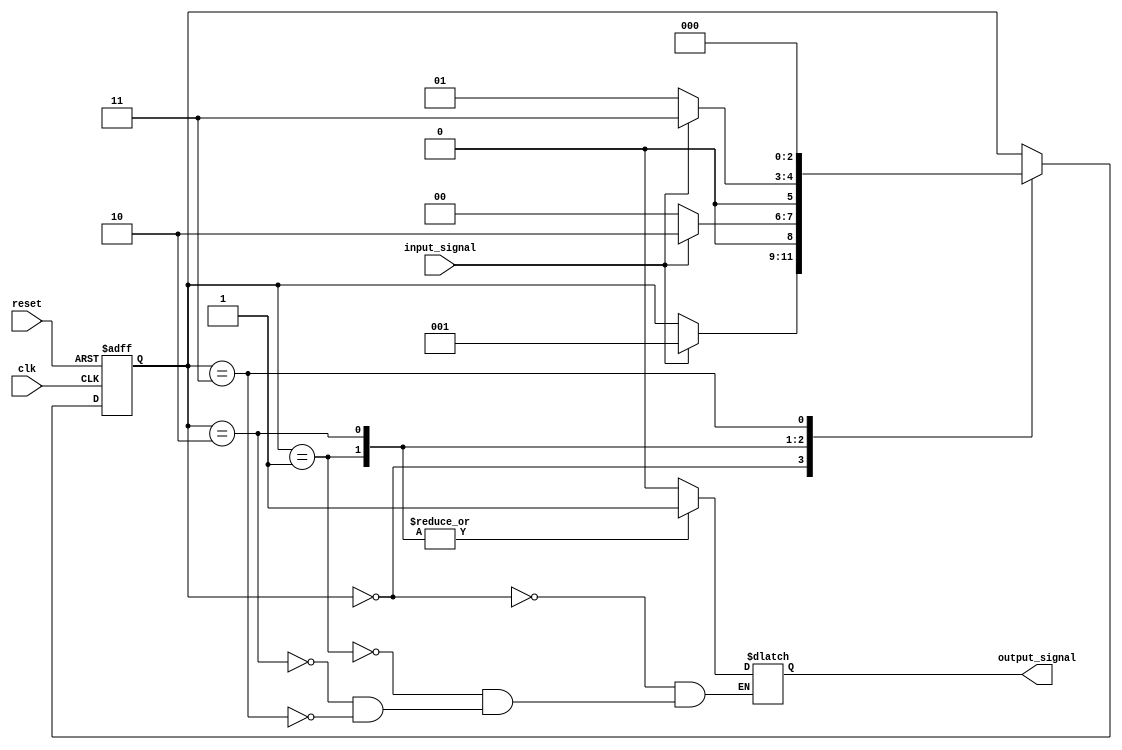
module fsm_top (
    input wire clk,
    input wire reset,
    input wire input_signal,
    output reg output_signal
);

    reg [2:0] current_state;
    
    parameter STATE_A = 3'b000;
    parameter STATE_B = 3'b001;
    parameter STATE_C = 3'b010;
    parameter STATE_D = 3'b011;
    
    // State transition logic
    always @(posedge clk or posedge reset) begin
        if (reset) begin
            current_state <= STATE_A;
        end else begin
            case (current_state)
                STATE_A: begin
                    if (input_signal) begin
                        current_state <= STATE_B;
                    end
                end
                
                STATE_B: begin
                    if (input_signal) begin
                        current_state <= STATE_C;
                    end else begin
                        current_state <= STATE_A;
                    end
                end
                
                STATE_C: begin
                    if (input_signal) begin
                        current_state <= STATE_D;
                    end else begin
                        current_state <= STATE_B;
                    end
                end
                
                STATE_D: begin
                    current_state <= STATE_A;
                end
            endcase
        end
    end
    
    // Output logic
    always @(current_state) begin
        case (current_state)
            STATE_A: output_signal <= 1'b0;
            STATE_B: output_signal <= 1'b1;
            STATE_C: output_signal <= 1'b1;
            STATE_D: output_signal <= 1'b0;
        endcase
    end

endmodule